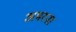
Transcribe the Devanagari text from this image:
अमरना